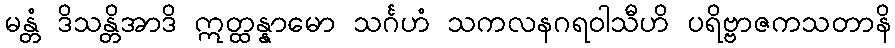
မန္တံ ဒိသန္တိအာဒိ ဣတ္ထန္နာမော သင်္ဂဟံ သကလနဂရဝါသီဟိ ပရိဗ္ဗာဇကသတာနိ